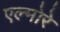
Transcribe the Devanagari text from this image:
एल्मोरे